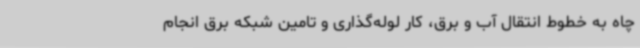
چاه به خطوط انتقال آب و برق، کار لوله‌گذاری و تامین شبکه برق انجام